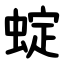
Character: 蝊